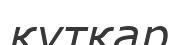
құтқар